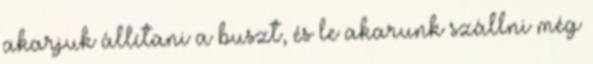
akarjuk állítani a buszt, és le akarunk szállni még